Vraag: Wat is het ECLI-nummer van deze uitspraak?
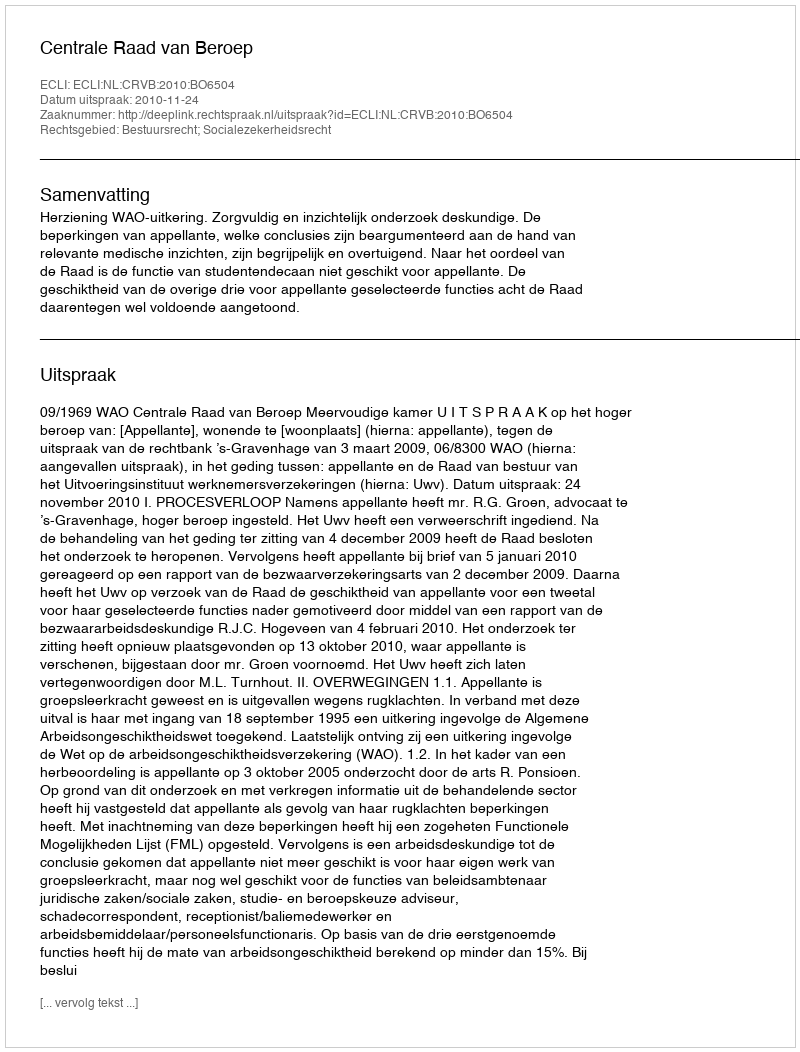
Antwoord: ECLI:NL:CRVB:2010:BO6504